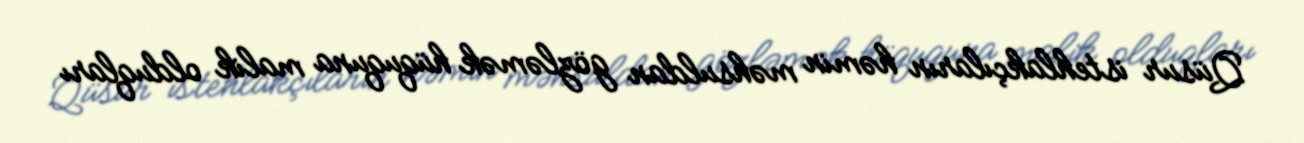
Qüsur istehlakçıların həmin məhsuldan gözləmək hüququna malik olduqları